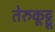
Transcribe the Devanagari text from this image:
तेरुकूट्टू